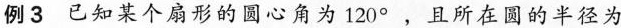
例3已知某个扇形的圆心角为120^{\circ}，且所在圆的半径为